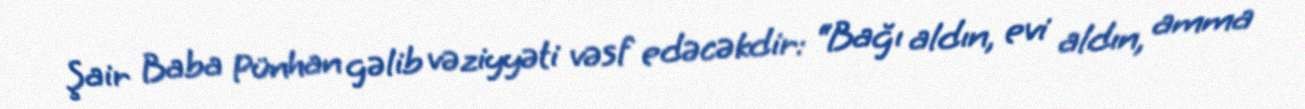
Şair Baba Pünhan gəlib vəziyyəti vəsf edəcəkdir: “Bağı aldın, evi aldın, amma